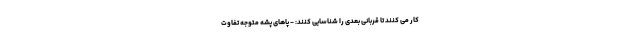
کار می کنند تا قربانی بعدی را شناسایی کنند: - پاهای پشه متوجه تفاوت